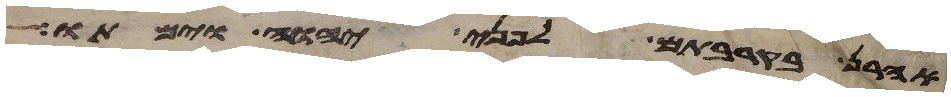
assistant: אהרן בקרבתם לפני יהוה וימתו